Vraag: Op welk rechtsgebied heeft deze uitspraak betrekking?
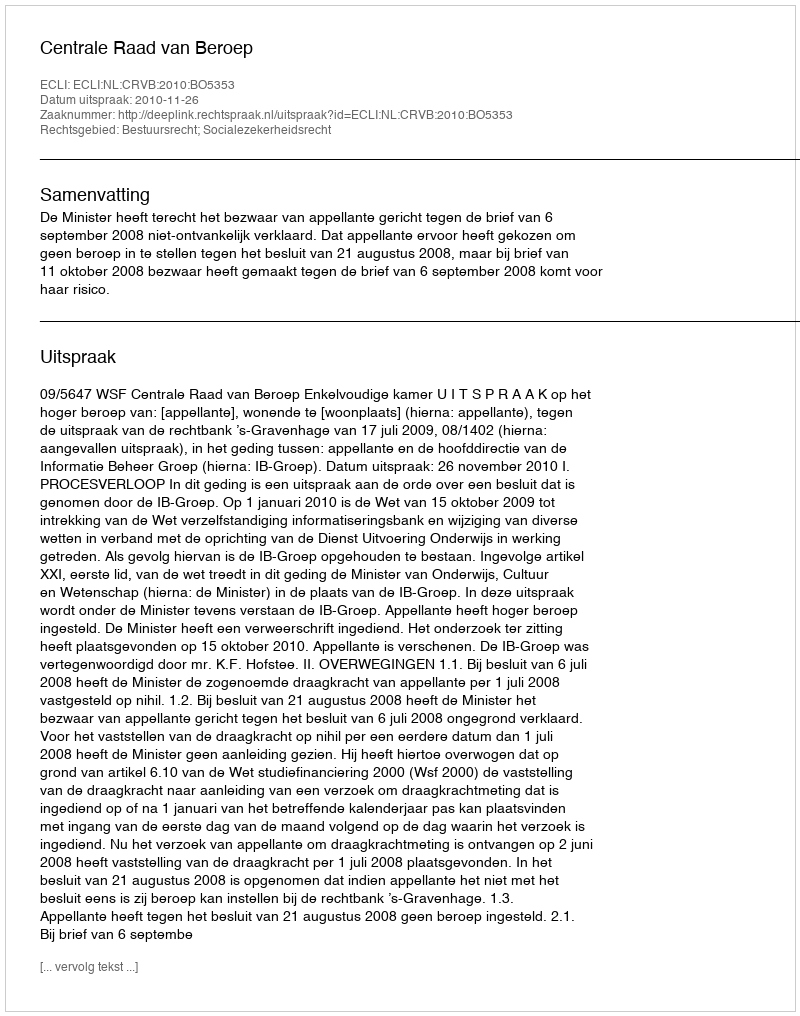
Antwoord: Bestuursrecht; Socialezekerheidsrecht